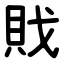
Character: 戝